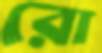
রো